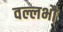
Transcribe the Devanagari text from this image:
वल्लभौ